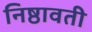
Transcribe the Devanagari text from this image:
निष्ठावती